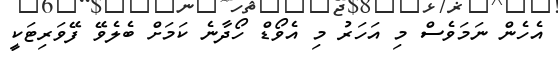
އެހެން ނަމަވެސް މި އަހަރު މި އެވޯޑް ހޯދާނެ ކަމަށް ބެލެވޭ ފޭވަރިޓަކީ